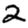
Digit: 2